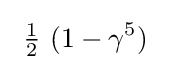
~{\tfrac {1}{2}}\ (1-\gamma ^{5})~